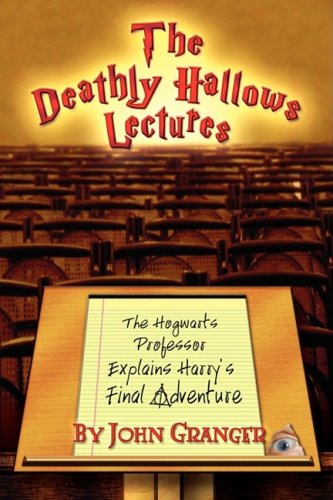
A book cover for The Deathly Hallows Lectures: The Hogwarts Professor Explains the Final Harry Potter Adventure; John Granger; Science Fiction & Fantasy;